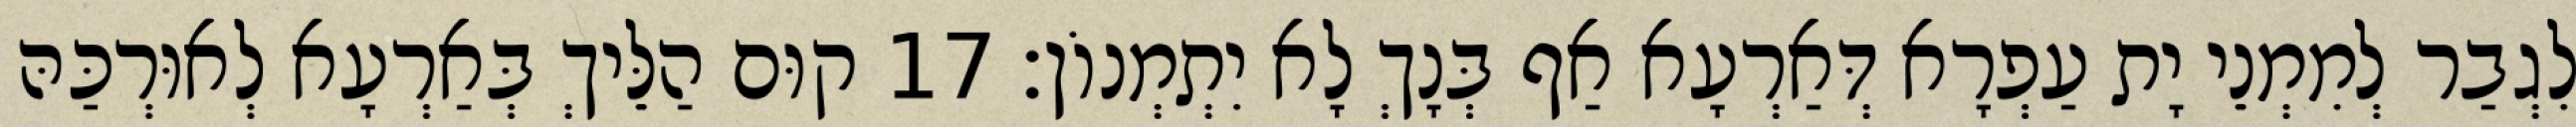
לִגְבַר לְמִמְנֵי יָת עַפְרָא דְּאַרְעָא אַף בְּנָךְ לָא יִתְמְנוֹן׃ 17 קוּם הַלֵּיךְ בְּאַרְעָא לְאוּרְכַּהּ